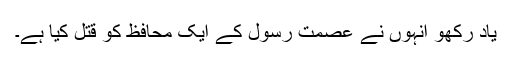
یاد رکھو انہوں نے عصمت رسول کے ایک محافظ کو قتل کیا ہے۔